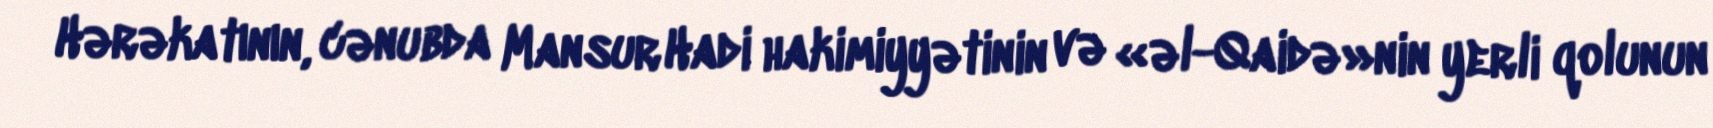
Hərəkatının, cənubda Mansur Hadi hakimiyyətinin və «əl-Qaidə»nin yerli qolunun